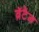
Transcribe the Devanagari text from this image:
ब्रॅटैन